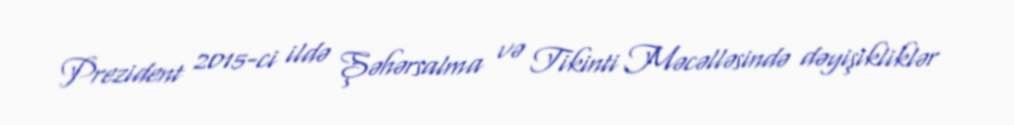
Prezident 2015-ci ildə Şəhərsalma və Tikinti Məcəlləsində dəyişikliklər